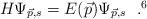
LaTeX: \begin{align*}H \Psi_{\vec{p},s} = E(\vec{p}) \Psi_{\vec{p},s} ~~. \footnotemark[6]\end{align*}